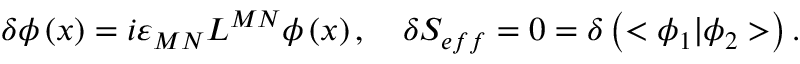
\delta \phi \left( x \right) = i \varepsilon _ { M N } L ^ { M N } \phi \left( x \right) , \quad \delta S _ { e f f } = 0 = \delta \left( < \phi _ { 1 } | \phi _ { 2 } > \right) .